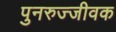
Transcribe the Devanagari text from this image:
पुनरुज्जीवक